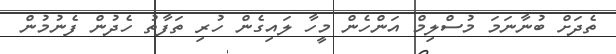
ތެދަށް ބުނާނަމަ މުސްލިމް އަންހެން މީހާ ލައިގެން ހުރި ތަފާތު ހެދުން ފެނުމުން